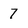
Character: 7